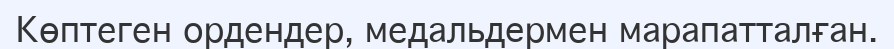
Көптеген ордендер, медальдeрмен марапатталған.